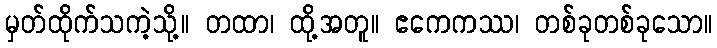
မှတ်ထိုက်သကဲ့သို့။ တထာ၊ ထို့အတူ။ ဧကေကဿ၊ တစ်ခုတစ်ခုသော။